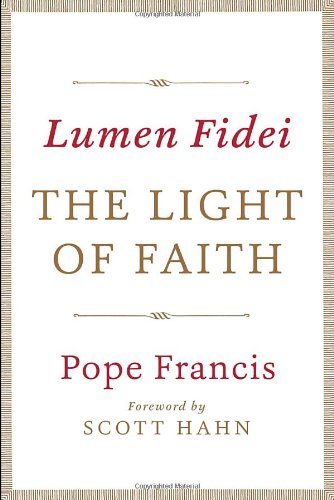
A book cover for Lumen Fidei: The Light of Faith; Pope Francis; Christian Books & Bibles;